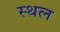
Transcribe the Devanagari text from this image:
स्थल